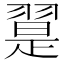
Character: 翨